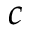
c